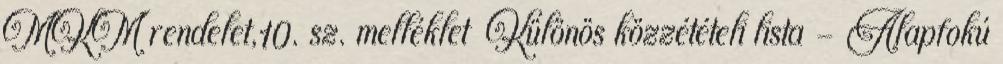
MKM rendelet,10. sz. melléklet Különös közzétételi lista - Alapfokú